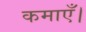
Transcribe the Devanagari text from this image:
कमाएँ।